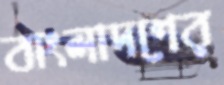
বাংলাদশের